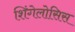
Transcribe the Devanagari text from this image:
शिंगेलोसिस